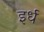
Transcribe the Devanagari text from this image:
इर्ध